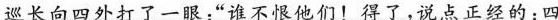
巡长向四外打了一眼：“谁不恨他们！得了，说点正经的：四